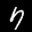
Label: 7